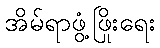
အိမ်ရာဖွံ့ဖြိုးရေး